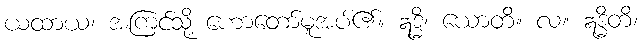
ယထာယ၊ အကြင်သို့ ဟောတော်မူအပ်၏။ ဣဒ္ဓိ၊ ယောတိ။ လ။ ဣဒ္ဓိတိ၊